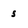
Character: 5